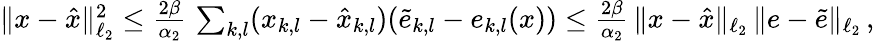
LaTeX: \begin{array}{r}{\| x-\hat{x}\| _{\ell_{2}}^{2}\le\frac{2\beta}{\alpha_{2}}\, \sum_{k,l}(x_{k,l}-\hat{x}_{k,l})(\widetilde{e}_{k,l}-e_{k,l}(x))\le\frac{2\beta}{\alpha_{2}}\, \| x-\hat{x}\| _{\ell_{2}}\, \| e-\widetilde{e}\| _{\ell_{2}}\, ,}\end{array}